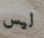
ليس